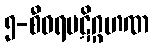
၅-စီဝရပဋိဂ္ဂဟဏ